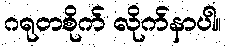
ဂရုတစိုက် လိုက်နာပါ။